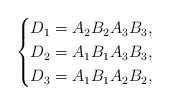
\begin{align*}\begin{cases}D_1 =A_2 B_2 A_3 B_3, \\D_2 =A_1 B_1 A_3 B_3, \\D_3 =A_1 B_1 A_2 B_2,\end{cases}\end{align*}